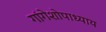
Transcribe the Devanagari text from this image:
गांगेशोपाध्याय